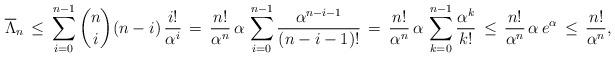
LaTeX: \begin{align*} \overline\Lambda_n \,\le\, \sum_{i=0}^{n-1} \binom{n}{i} (n-i)\,\frac{i!}{\alpha^i} \,=\, \frac{n!}{\alpha^n}\,\alpha\,\sum_{i=0}^{n-1} \frac{\alpha^{n-i-1}}{(n-i-1)!} \,=\, \frac{n!}{\alpha^n}\,\alpha\,\sum_{k=0}^{n-1} \frac{\alpha^k}{k!} \,\le\, \frac{n!}{\alpha^n}\,\alpha\, e^\alpha \,\le\, \frac{n!}{\alpha^n},\end{align*}